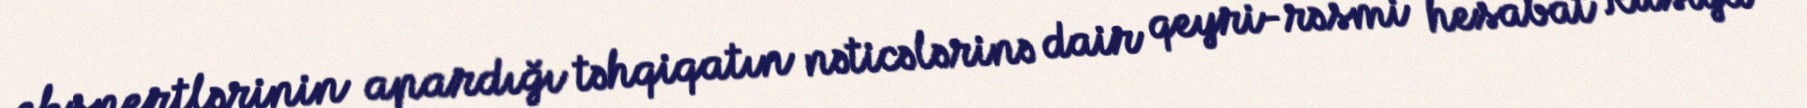
ekspertlərinin apardığı təhqiqatın nəticələrinə dair qeyri-rəsmi hesabat Rusiya